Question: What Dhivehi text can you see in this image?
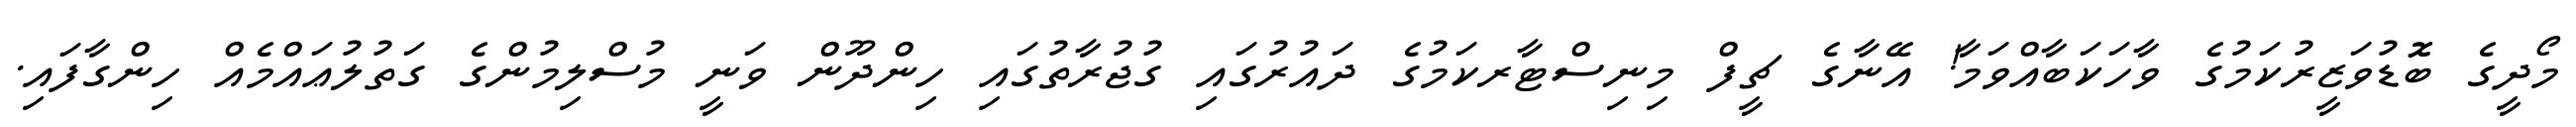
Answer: މޯދީގެ ބޮޮޑުވަޒީރުކަމުގެ ވާހަކަބާއްވަމާ! އޭނާގެ ޗީފް މިނިސްޓާރކަމުގެ ދައުރުގައި ގުޖުރާތުގައި ހިންދޫން ވަނީ މުސްލިމުންގެ ގަތުލުޢައްމެއް ހިންގާފައި.